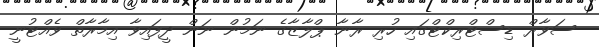
ސަވާރް ޑިސްޓްރިކްޓްގައި ހުރި ރާނާ ޕްލާޒާގެ ނަމުން ނަން ދީފައިވާ އިމާރާތް ވެއްޓުނީ